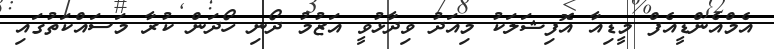
އެމްއެންޑީއެފް މީޑިއާ އޮފިޝަލަކު މިއަދު ވިދާޅުވީ އަޒުމު ދޯނި ހޯދަން ކުރާ މަސައްކަތުގައި